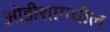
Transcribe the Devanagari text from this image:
ओडीशामधील